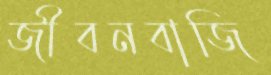
জীবনবাজি